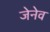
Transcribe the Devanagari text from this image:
जेनेव